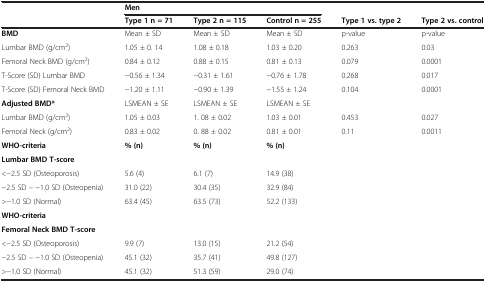
<table><thead><tr><td><b> </b></td><td colspan="3"><b>Men</b></td><td><b> </b></td><td><b> </b></td></tr><tr><td><b> </b></td><td><b>Type 1 n = 71</b></td><td><b>Type 2 n = 115</b></td><td><b>Control n = 255</b></td><td><b>Type 1 vs. type 2</b></td><td><b>Type 2 vs. control</b></td></tr></thead><tbody><tr><td><b>BMD</b></td><td>Mean ± SD</td><td>Mean ± SD</td><td>Mean ± SD</td><td>p-value</td><td>p-value</td></tr><tr><td>Lumbar BMD (g/cm<sup>2</sup>)</td><td>1.05 ± 0. 14</td><td>1.08 ± 0.18</td><td>1.03 ± 0.20</td><td>0.263</td><td>0.03</td></tr><tr><td>Femoral Neck BMD (g/cm<sup>2</sup>)</td><td>0.84 ± 0.12</td><td>0.88 ± 0.15</td><td>0.81 ± 0.13</td><td>0.079</td><td>0.0001</td></tr><tr><td>T-Score (SD) Lumbar BMD</td><td>−0.56 ± 1.34</td><td>−0.31 ± 1.61</td><td>−0.76 ± 1.78</td><td>0.268</td><td>0.017</td></tr><tr><td>T-Score (SD) Femoral Neck BMD</td><td>−1.20 ± 1.11</td><td>−0.90 ± 1.39</td><td>−1.55 ± 1.24</td><td>0.104</td><td>0.0001</td></tr><tr><td><b>Adjusted BMD*</b></td><td>LSMEAN ± SE</td><td>LSMEAN ± SE</td><td>LSMEAN ± SE</td><td> </td><td> </td></tr><tr><td>Lumbar BMD (g/cm<sup>2</sup>)</td><td>1.05 ± 0.03</td><td>1. 08 ± 0.02</td><td>1.03 ± 0.01</td><td>0.453</td><td>0.027</td></tr><tr><td>Femoral Neck (g/cm<sup>2</sup>)</td><td>0.83 ± 0.02</td><td>0. 88 ± 0.02</td><td>0.81 ± 0.01</td><td>0.11</td><td>0.0011</td></tr><tr><td><b>WHO-criteria</b></td><td rowspan="2"><b>% (n)</b></td><td rowspan="2"><b>% (n)</b></td><td rowspan="2"><b>% (n)</b></td><td rowspan="10" colspan="2"> </td></tr><tr><td><b>Lumbar BMD T-score</b></td></tr><tr><td>&lt;−2.5 SD (Osteoporosis)</td><td>5.6 (4)</td><td>6.1 (7)</td><td>14.9 (38)</td></tr><tr><td>−2.5 SD – −1.0 SD (Osteopenia)</td><td>31.0 (22)</td><td>30.4 (35)</td><td>32.9 (84)</td></tr><tr><td>&gt;−1.0 SD (Normal)</td><td>63.4 (45)</td><td>63.5 (73)</td><td>52.2 (133)</td></tr><tr><td><b>WHO-criteria</b></td><td rowspan="2"> </td><td rowspan="2"> </td><td rowspan="2"> </td></tr><tr><td><b>Femoral Neck BMD T-score</b></td></tr><tr><td>&lt;−2.5 SD (Osteoporosis)</td><td>9.9 (7)</td><td>13.0 (15)</td><td>21.2 (54)</td></tr><tr><td>−2.5 SD – −1.0 SD (Osteopenia)</td><td>45.1 (32)</td><td>35.7 (41)</td><td>49.8 (127)</td></tr><tr><td>&gt;−1.0 SD (Normal)</td><td>45.1 (32)</td><td>51.3 (59)</td><td>29.0 (74)</td></tr></tbody></table>